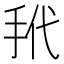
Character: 𪭩